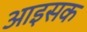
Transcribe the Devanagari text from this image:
आइसक